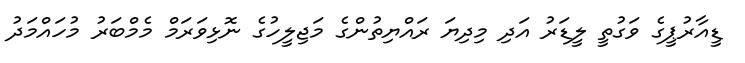
ޑީއާރުޕީގެ ވަގުތީ ލީޑަރު އަދި މިދިޔަ ރައްޔިތުންގެ މަޖިލީހުގެ ނޮޅިވަރަމް މެމްބަރު މުހައްމަދު